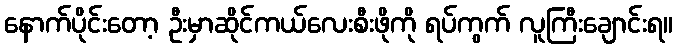
နောက်ပိုင်းတော့ ဦးမှာဆိုင်ကယ်လေးစီးဖိုကို ရပ်ကွက် လူကြီးချောင်းရ။